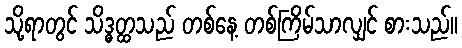
သို့ရာတွင် သိဒ္ဓတ္ထသည် တစ်နေ့ တစ်ကြိမ်သာလျှင် စားသည်။